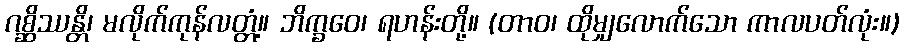
ဂစ္ဆိဿန္တိ၊ မလိုက်ကုန်လတ္တံ့။ ဘိက္ခဝေ၊ ရဟန်းတို့။ (တာဝ၊ ထိုမျှလောက်သော ကာလပတ်လုံး။)